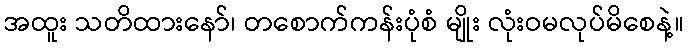
အထူး သတိထားနော်၊ တစောက်ကန်းပုံစံ မျိုး လုံးဝမလုပ်မိစေနဲ့။